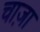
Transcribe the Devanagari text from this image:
चाज़ा